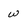
Character: w